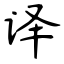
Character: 译